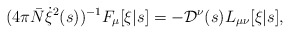
\begin{align*}(4\pi {\bar N} \dot{\xi}^2(s))^{-1} F_\mu[\xi|s] = - {\cal D}^\nu(s) L_{\mu\nu}[\xi|s],\end{align*}